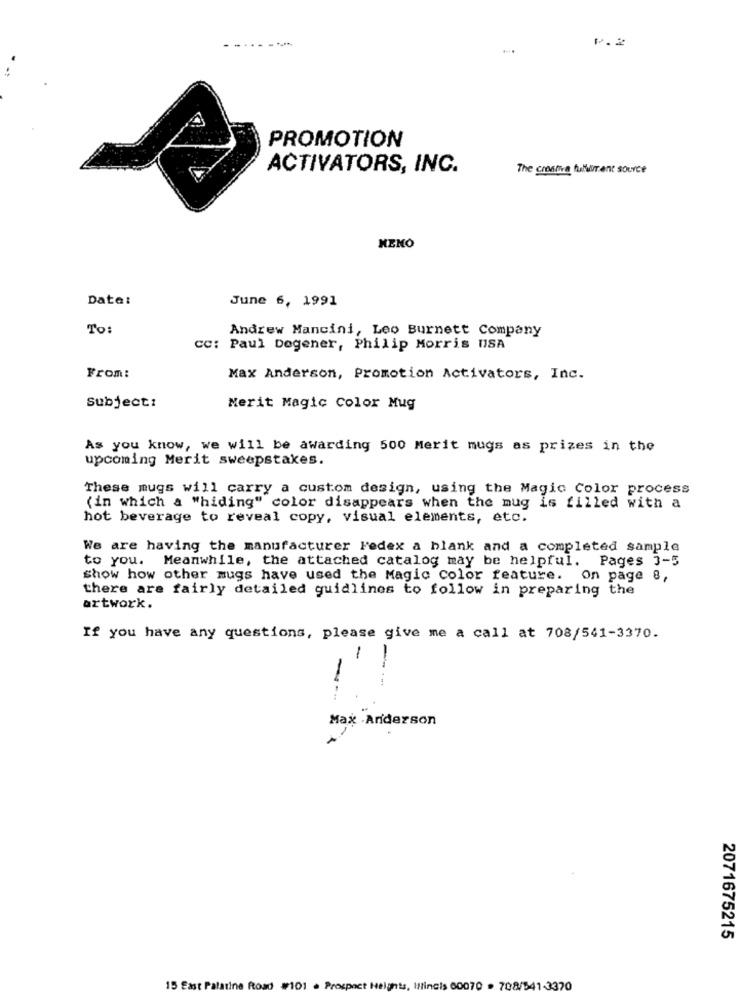
1.2
...
PROMOTION
ACTIVATORS, INC.
The creative fulliment source
MENO
Data:
June 6, 1991
To:
Andrew Mancini, Leo Burnett Company
CC: Paul Degener, Philip Morris USA
From:
Max Anderson, Promotion Activators, Inc.
Subject:
Merit Magic Color Mug
As you know, we will be awarding 500 Merit mugs as prizes in the
upcoming Merit sweepstakes.
These mugs will carry a custom design, using the Magic Color process
(in which a "hiding" color disappears when the mug is filled with a
hot beverage to reveal copy, visual elements, etc.
We are having the manufacturer Fedex a blank and a completed sample
to you. Meanwhile, the attached catalog may be helpful. Pages 3-5
show how other mugs have used the Magic color feature. On page 8,
there are fairly detailed guidlines to follow in preparing the
artwork.
If you have any questions, please give me a call at 708/541-3370.
1
---
Max -Aridezson
2071675215
15 East Palatine Road #101 . Prospect Heights, Illincis 00070 . 708/541-3370